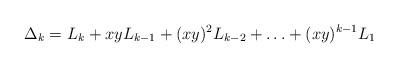
LaTeX: \begin{align*}\Delta_k = L_k + xyL_{k-1} + (xy)^2L_{k-2}+\ldots+ (xy)^{k-1}L_1\end{align*}